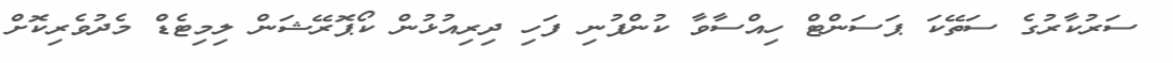
ސަރުކާރުގެ ސަތޭކަ ޕަސަންޓް ހިއްސާވާ ކުންފުނި ފަހި ދިރިއުޅުން ކޯޕޮރޭޝަން ލިމިޓެޑް މެދުވެރިކޮށް